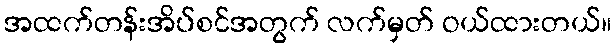
အထက်တန်းအိပ်စင်အတွက် လက်မှတ် ဝယ်ထားတယ်။